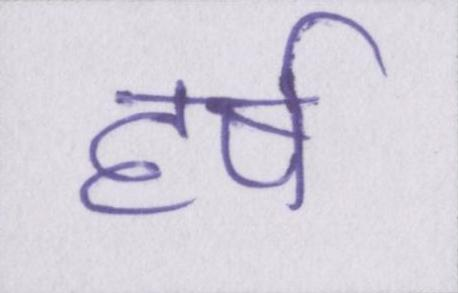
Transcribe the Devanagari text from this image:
हर्ष